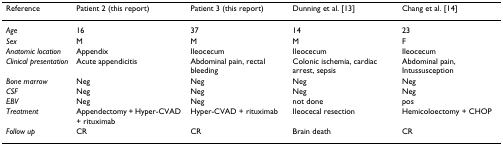
<table><thead><tr><td><b>Reference</b></td><td><b>Patient 2 (this report)</b></td><td><b>Patient 3 (this report)</b></td><td><b>Dunning et al. [13]</b></td><td><b>Chang et al. [14]</b></td></tr></thead><tbody><tr><td><i>Age</i></td><td>16</td><td>37</td><td>14</td><td>23</td></tr><tr><td><i>Sex</i></td><td>M</td><td>M</td><td>M</td><td>F</td></tr><tr><td><i>Anatomic location</i></td><td>Appendix</td><td>Ileocecum</td><td>Ileocecum</td><td>Ileocecum</td></tr><tr><td><i>Clinical presentation</i></td><td>Acute appendicitis</td><td>Abdominal pain, rectal bleeding</td><td>Colonic ischemia, cardiac arrest, sepsis</td><td>Abdominal pain, Intussusception</td></tr><tr><td><i>Bone marrow</i></td><td>Neg</td><td>Neg</td><td>Neg</td><td>Neg</td></tr><tr><td><i>CSF</i></td><td>Neg</td><td>Neg</td><td>Neg</td><td>Neg</td></tr><tr><td><i>EBV</i></td><td>Neg</td><td>Neg</td><td>not done</td><td>pos</td></tr><tr><td><i>Treatment</i></td><td>Appendectomy + Hyper-CVAD + rituximab</td><td>Hyper-CVAD + rituximab</td><td>Ileocecal resection</td><td>Hemicoloectomy + CHOP</td></tr><tr><td><i>Follow up</i></td><td>CR</td><td>CR</td><td>Brain death</td><td>CR</td></tr></tbody></table>